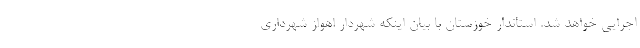
اجرایی خواهد شد. استاندار خوزستان با بیان اینکه شهردار اهواز شهرداری